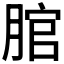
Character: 𦜐